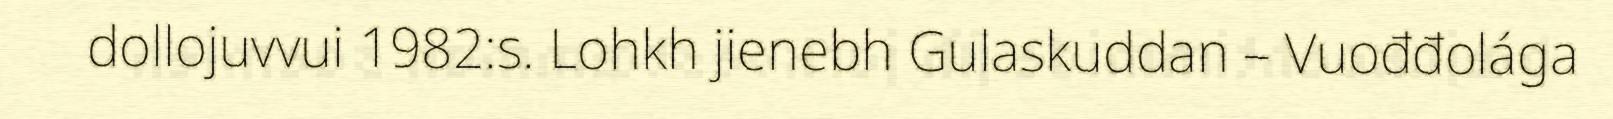
dollojuvvui 1982:s. Lohkh jienebh Gulaskuddan – Vuođđolága